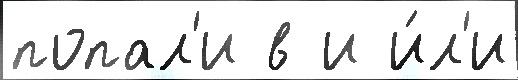
попал'и в и и́л'и